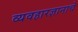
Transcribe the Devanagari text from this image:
व्यवहारज्ञानाचे